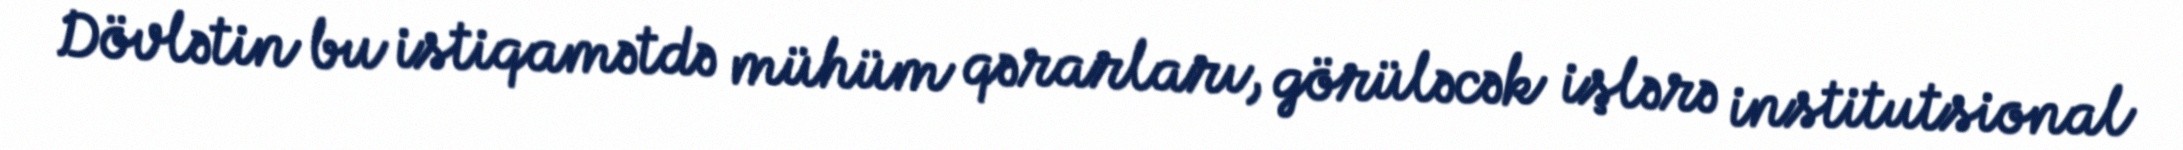
Dövlətin bu istiqamətdə mühüm qərarları, görüləcək işlərə institutsional